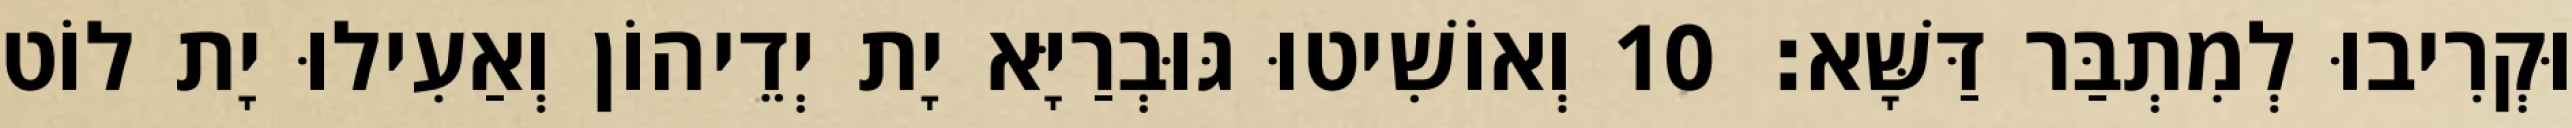
וּקְרִיבוּ לְמִתְבַּר דַּשָּׁא׃ 10 וְאוֹשִׁיטוּ גּוּבְרַיָּא יָת יְדֵיהוֹן וְאַעִילוּ יָת לוֹט